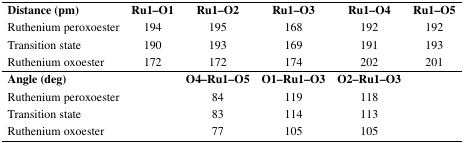
| Distance (pm) | Ru1–O1 | Ru1–O2 | Ru1–O3 | Ru1–O4 | Ru1–O5 |
 | --- | --- | --- | --- | --- | --- |
 | Ruthenium peroxoester | 194 | 195 | 168 | 192 | 192 |
 | Transition state | 190 | 193 | 169 | 191 | 193 |
 | Ruthenium oxoester | 172 | 172 | 174 | 202 | 201 |
 | Angle (deg) |  | O4–Ru1–O5 | O1–Ru1–O3 | O2–Ru1–O3 |  |
 | Ruthenium peroxoester |  | 84 | 119 | 118 |  |
 | Transition state |  | 83 | 114 | 113 |  |
 | Ruthenium oxoester |  | 77 | 105 | 105 |  |